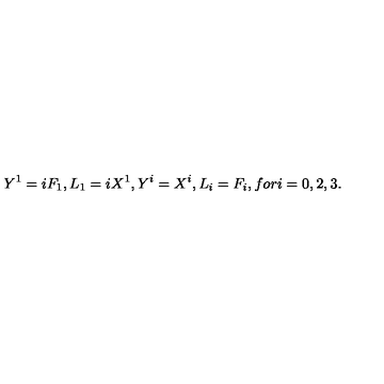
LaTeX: Y ^ { 1 } = i F _ { 1 } , L _ { 1 } = i X ^ { 1 } , Y ^ { i } = X ^ { i } , L _ { i } = F _ { i } , f o r i = 0 , 2 , 3 .